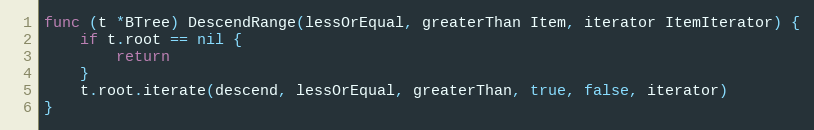
Language: Go
func (t *BTree) DescendRange(lessOrEqual, greaterThan Item, iterator ItemIterator) {
	if t.root == nil {
		return
	}
	t.root.iterate(descend, lessOrEqual, greaterThan, true, false, iterator)
}